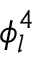
\phi _ { l } ^ { 4 }